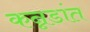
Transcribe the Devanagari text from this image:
कन्नडांत